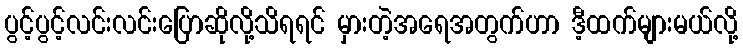
ပွင့်ပွင့်လင်းလင်းပြောဆိုလို့သိရရင် မှားတဲ့အရေအတွက်ဟာ ဒီ့ထက်များမယ်လို့